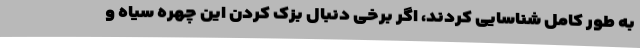
به طور کامل شناسایی کردند، اگر برخی دنبال بزک کردن این چهره سیاه و